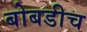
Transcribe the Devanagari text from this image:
बोबडीच